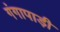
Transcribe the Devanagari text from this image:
गंगापाड़ी